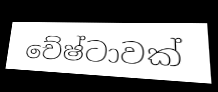
චේෂ්ටාවක්